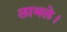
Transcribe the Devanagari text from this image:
लाभले।